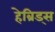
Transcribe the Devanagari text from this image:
हेब्रिड्स